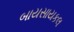
બાયસાયકલ